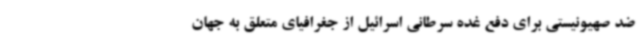
ضد صهیونیستی برای دفع غده سرطانی اسرائیل از جغرافیای متعلق به جهان